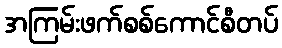
အကြမ်းဖက်စစ်ကောင်စီတပ်